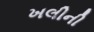
ખલીની